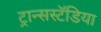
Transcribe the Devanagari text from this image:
ट्रान्सस्टॅडिया